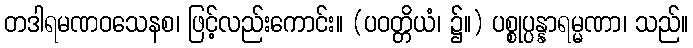
တဒါရမဏဝသေနစ၊ ဖြင့်လည်းကောင်း။ (ပဝတ္တိယံ၊ ၌။) ပစ္စုပ္ပန္နာရမ္မဏာ၊ သည်။